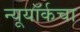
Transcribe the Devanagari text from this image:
न्यूयॉर्कचा